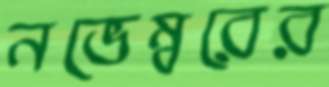
নভেম্বরের